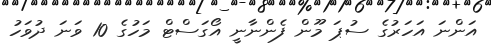
އަންނަ އަހަރުގެ ސުޕަ މޫން ފެންނާނީ އޯގަސްޓް މަހުގެ 10 ވަނަ ދުވަހު